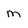
Character: m